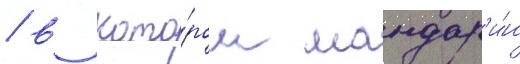
/ в кото́ром мандар'и́н